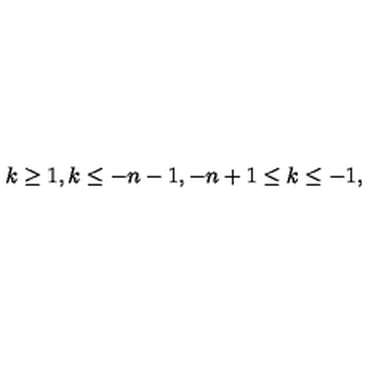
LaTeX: \: k \geq 1 , k \leq - n - 1 , - n + 1 \leq k \leq - 1 , \: